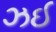
ઝઈ